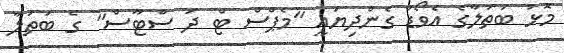
މޮޅު ބަތަލާގެ އެވޯޑް ގެންދިޔައީ "މެޕްސް ޓް ދަ ސްޓާސް" ގެ ބަތަލާ